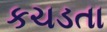
કચડતા